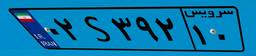
۳۱S۰۷۸۴۵